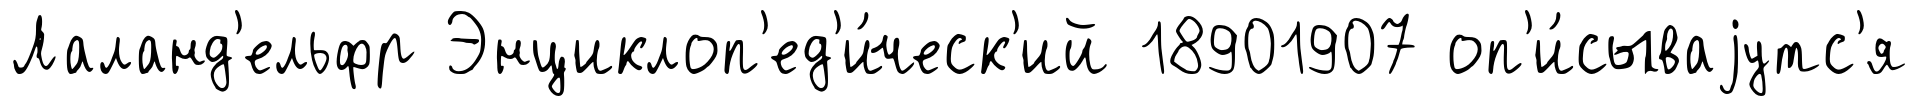
Лаланд'ельфр Энциклоп'ед'и́ческ'ий 18901907 оп'и́сываjутс'я